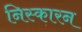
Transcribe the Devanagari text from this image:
निस्कारन